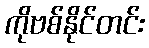
ကိုဗစ်နိုင်တင်း